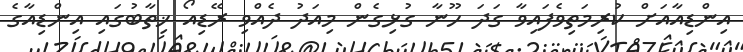
އިންޑިއާއަށް ކުރިމަތިވެފައިވާ ގަދަ ހޫނާ ގުޅިގެން މިއަދު ދެއްވި ރޭޑިއޯ ޚިތާބުގައި އިންޑިއާގެ